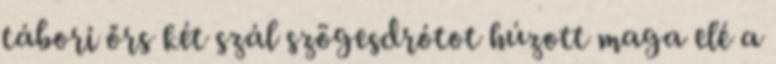
tábori őrs két szál szögesdrótot húzott maga elé a